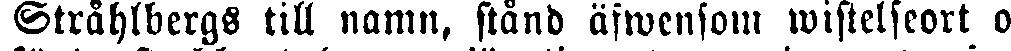
Stråhlbergs till namn, stånd äfwensom wistelseort o-